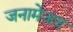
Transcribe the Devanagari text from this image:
जनामेजय